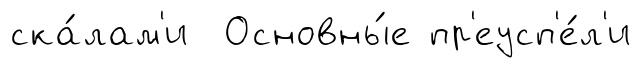
ска́лам'и Основны́е пр'еусп'е́л'и